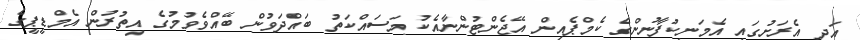
އަދި އެރަށުގައި އެމަނިކުފާނުންގެ ކެމްޕެއިން އޭޖެންޓުންނާއެކު މަސައްކަތު ބައްދަވުން ބޭއްވެވުމުގެ އިތުރުން އެމްޑީޕީގެ